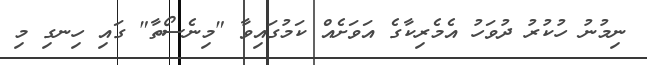
ނިމުނު ހުކުރު ދުވަހު އެމެރިކާގެ އަވަށެއް ކަމުގައިވާ "މިނެސޯތާ" ގައި ހިނގި މި